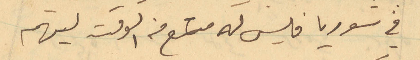
في سوريا فليس له متسع من الوقت ليهتم